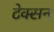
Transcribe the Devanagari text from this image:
टेक्सन